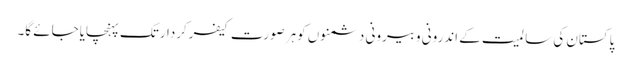
پاکستان کی سا لمیت کے اندرونی وبیرونی دشمنوں کوہرصورت کیفرکردارتک پہنچایاجائے گا۔